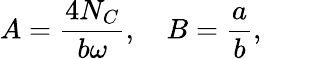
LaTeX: A=\frac{4N_{C}}{b\omega},\quad B=\frac{a}{b},\qquad